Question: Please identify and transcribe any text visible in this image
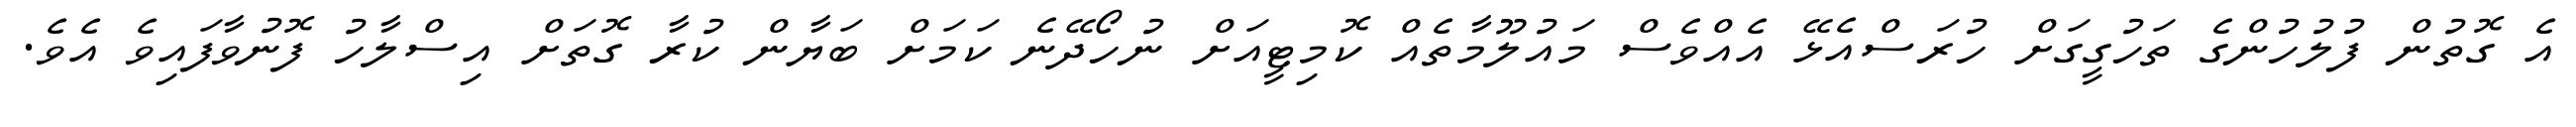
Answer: އެ ގޮތުން ފުލުހުންގެ ތަހުގީގަށް ހުރަސްއެޅޭ އެއްވެސް މައުލޫމާތެއް ކޮމިޓީއަށް ނުހޯދޭނެ ކަމަށް ބަޔާން ކުރާ ގޮތަށް އިސްލާހު ފޮނުވާފައިވެ އެވެ.